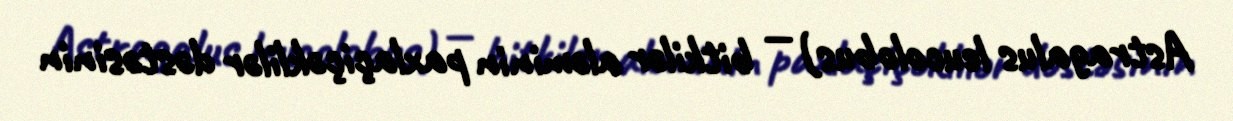
Astragalus leucolobus) — bitkilər aləminin paxlaçiçəklilər dəstəsinin